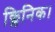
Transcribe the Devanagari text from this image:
क्लिनिक।